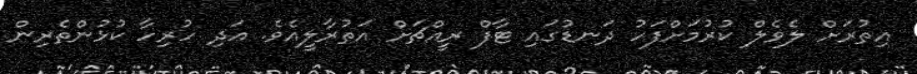
އިތުރަށް ލެވެލް ކުރުމަށްފަހު ދަނޑުގައި ޓާފް ރީއްޗަށް އަތުރާލީއެވެ. އަދި ހުރިހާ ކުޅުންތެރިން